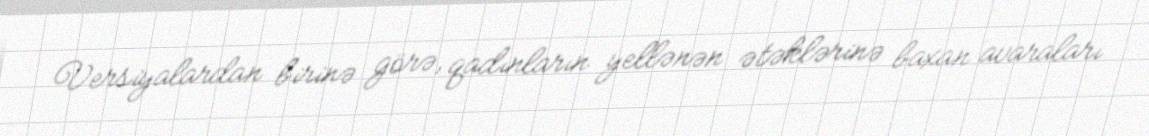
Versiyalardan birinə görə, qadınların yellənən ətəklərinə baxan avaraları